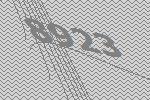
8923